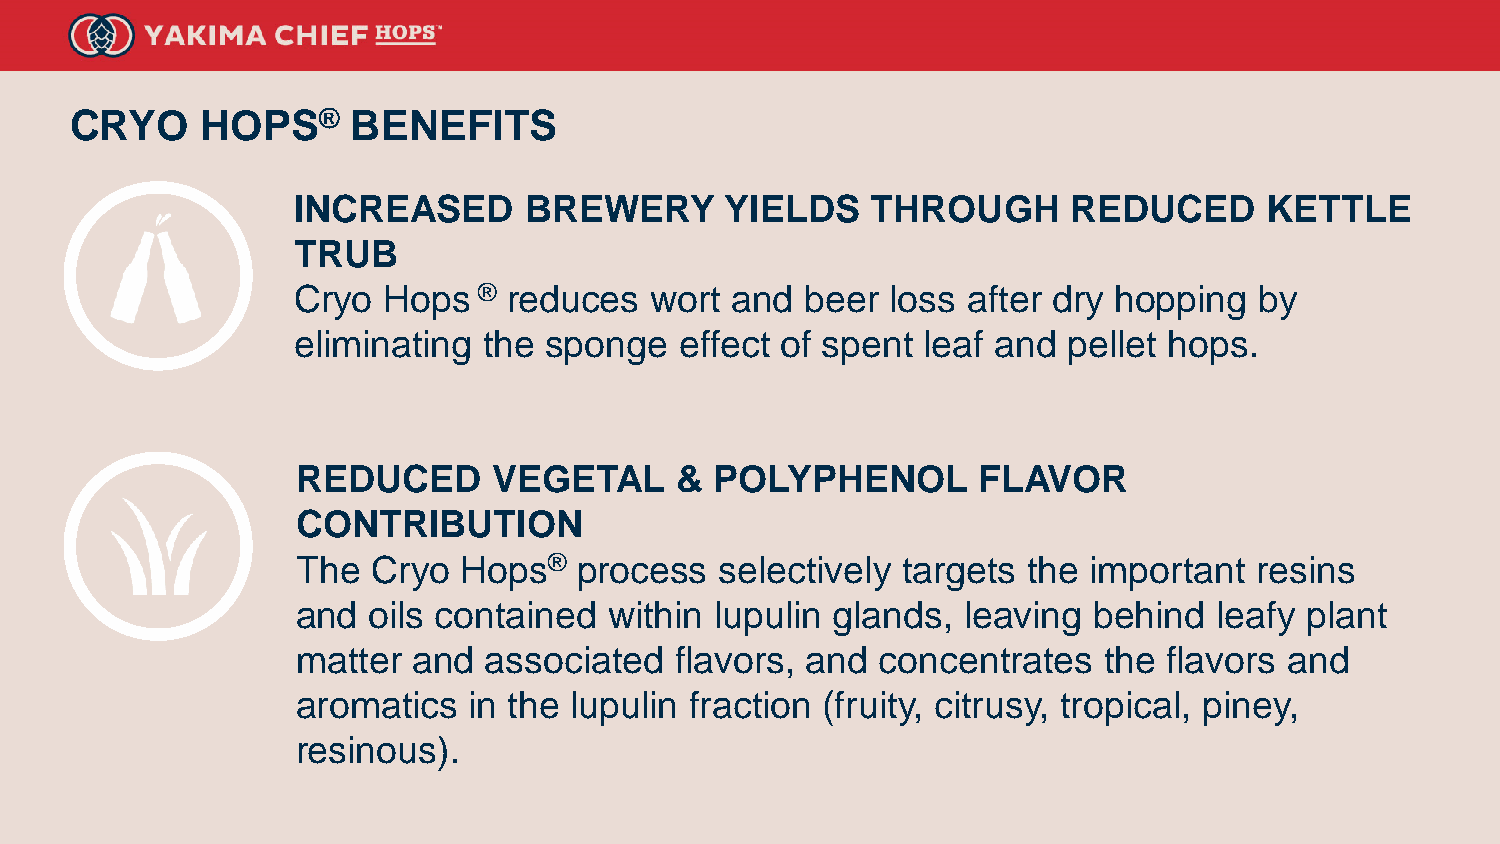
CRYO    HOPS®     BENEFITS
 INCREASED       BREWERY      YIELDS    THROUGH      REDUCED      KETTLE
 TRUB
 Cryo  Hops   ® reduces  wort and  beer  loss after dry hopping  by
 eliminating  the sponge   effect of spent leaf and  pellet hops.
 REDUCED      VEGETAL     & POLYPHENOL        FLAVOR
 CONTRIBUTION
 The  Cryo Hops®   process   selectively targets the important  resins
 and oils contained  within lupulin glands,  leaving behind   leafy plant
 matter and  associated   flavors, and concentrates   the flavors and
 aromatics  in the lupulin fraction (fruity, citrusy, tropical, piney,
 resinous).